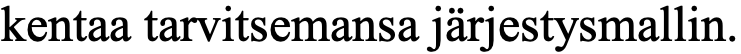
kentaa tarvitsemansa järjestysmallin.